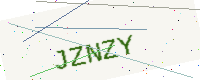
Text: JZNZY